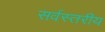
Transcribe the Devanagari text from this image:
सर्वस्तरीय